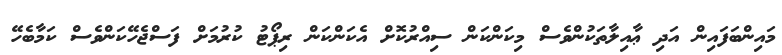
މައިންބަފައިން އަދި ޢާއިލާތަކުންވެސް މިކަންކަން ސިއްރުކޮށް އެކަންކަން ރިޕޯޓު ކުރުމަށް ފަސްޖެހޭކަންވެސް ކަމާބެހޭ